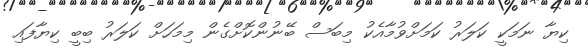
ކިޔާ ނަމަކީ ކަލަރު ކަމަށްވުމާއެކު މިބަސް ބޭނުންކޮށްގެން މިމަހަށް ކަލަރު ބިބީ ކިޔާފައި